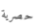
حصرية